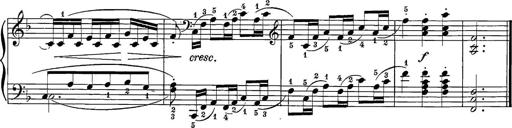
Title: 12 Sonatine per Pianoforte
Composer: Friedrich Kuhlau